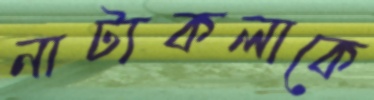
নাট্যকলাকে